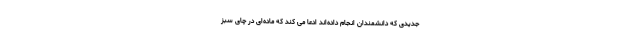
جدیدی که دانشمندان انجام داده‌اند ادعا می کند که ماده‌ای در چای سبز